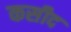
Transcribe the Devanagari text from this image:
कसीद